Vaccination in Bombay 1924-1928 - 1924-1928
Year: 1924
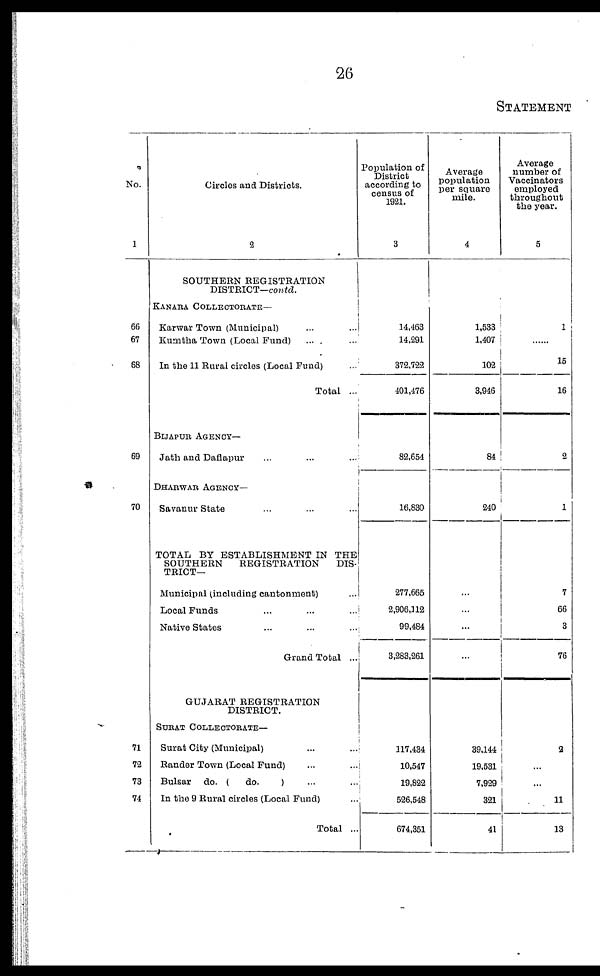
26
STATEMENT
No.
1
66
67
68
69
70
71
72
73
74
Circles and Districts.
2
SOUTHERN REGISTRATION
DISTRICT—contd.
KANARA COLLECTORATE—
Karwar Town (Municipal) ... ...
Kumtha Town (Local Fund) ... ...
In the 11 Rural circles (Local Fund) ...
Total ...
BIJAPUR AGENCY—
Jath and Daflapur ... ... ...
DHARWAR AGENCY—
Savanur State ... ... ...
TOTAL BY ESTABLISHMENT IN THE
SOUTHERN
REGISTRATION
DIS-
TRICT—
Municipal (including cantonment) ...
Local Funds ... ... ...
Native States ... ... ...
Grand Total ...
GUJARAT REGISTRATION
DISTRICT.
SURAT COLLECTORATE—
Surat City (Municipal) ... ...
Rander Town (Local Fund) ... ...
Bulsar do. (
do.
) ... ...
In the 9 Rural circles (Local Fund) ...
Total ...
Population of
District
according to
census of
1921.
3
14,463
14,291
372,722
401,476
82,654
16,830
277,665
2,906,112
99,484
3,283,261
117,434
10,547
19,822
526,548
674,351
Average
population
per square
mile.
4
1,533
1,407
102
3,946
84
240
...
...
...
...
39,144
19,531
7,929
321
41
Average
number of
Vaccinators
employed
throughout
the year.
5
1
......
15
16
2
1
7
66
3
76
2
...
11
13